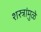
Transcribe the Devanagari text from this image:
शस्त्रांमु़ळे